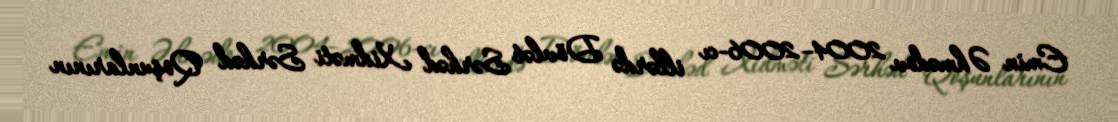
Emin Əhmədov 2004–2006-cı illərdə Dövlət Sərhəd Xidməti Sərhəd Qoşunlarının